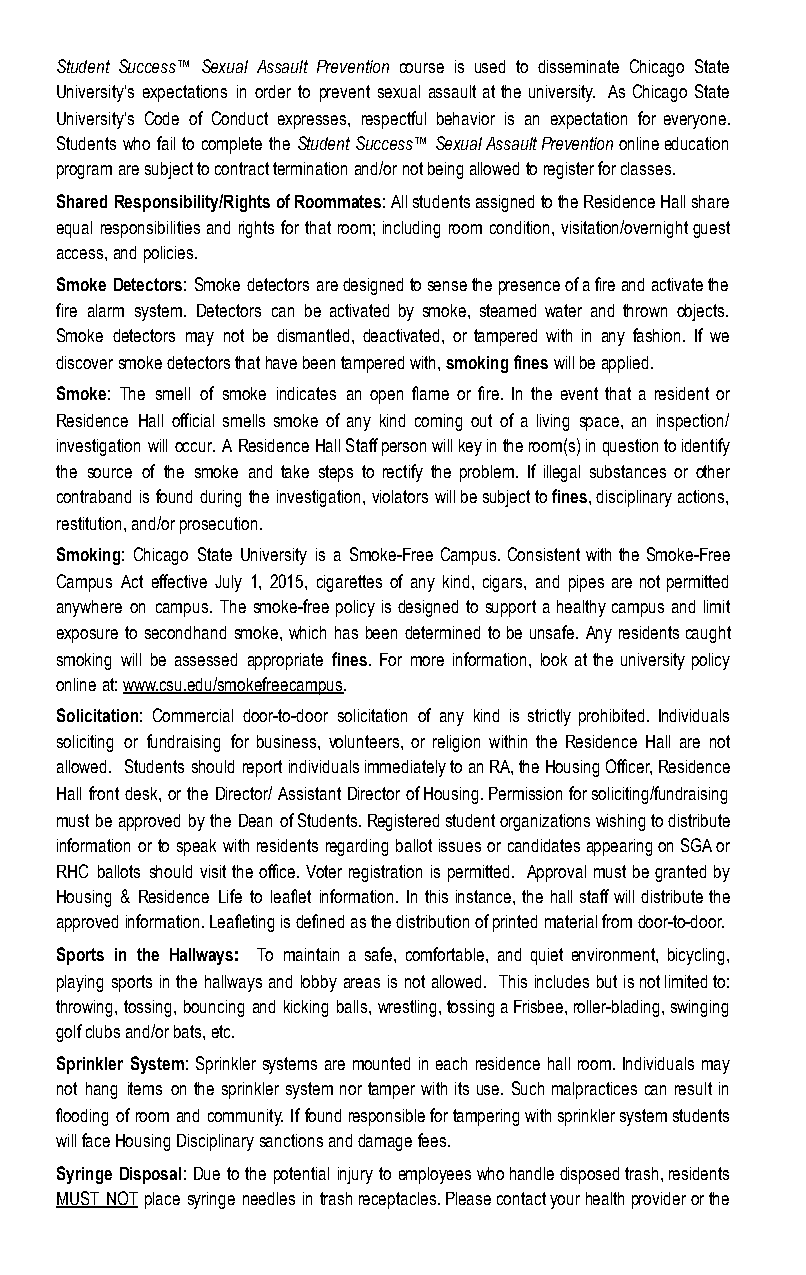
Student Success™ Sexual Assault Prevention course is used to disseminate Chicago State
 University’s expectations in order to prevent sexual assault at the university. As Chicago State
 University’s Code of Conduct expresses, respectful behavior is an expectation for everyone.
 Students who fail to complete the Student Success™ Sexual Assault Prevention online education
 program are subject to contract termination and/or not being allowed to register for classes.
 Shared Responsibility/Rights of Roommates: All students assigned to the Residence Hall share
 equal responsibilities and rights for that room; including room condition, visitation/overnight guest
 access, and policies.
 Smoke Detectors: Smoke detectors are designed to sense the presence of a fire and activate the
 fire alarm system. Detectors can be activated by smoke, steamed water and thrown objects.
 Smoke detectors may not be dismantled, deactivated, or tampered with in any fashion. If we
 discover smoke detectors that have been tampered with, s moking fines will be applied.
 Smoke: The smell of smoke indicates an open flame or fire. In the event that a resident or
 Residence Hall official smells smoke of any kind coming out of a living space, an inspection/
 investigation will occur. A Residence Hall Staff person will key in the room(s) in question to identify
 the source of the smoke and take steps to rectify the problem. If illegal substances or other
 contraband is found during the investigation, violators will be subject to fines , disciplinary actions,
 restitution, and/or prosecution.
 Smoking: Chicago State University is a Smoke-Free Campus. Consistent with the Smoke-Free
 Campus Act effective July 1, 2015, cigarettes of any kind, cigars, and pipes are not permitted
 anywhere on campus. The smoke-free policy is designed to support a healthy campus and limit
 exposure to secondhand smoke, which has been determined to be unsafe. Any residents caught
 smoking will be assessed appropriate fines . For more information, look at the university policy
 online at: w ww.csu.edu/smokefreecampus.
 Solicitation: Commercial door-to-door solicitation of any kind is strictly prohibited. Individuals
 soliciting or fundraising for business, volunteers, or religion within the Residence Hall are not
 allowed. Students should report individuals immediately to an RA, the Housing Officer, Residence
 Hall front desk, or the Director/ Assistant Director of Housing. Permission for soliciting/fundraising
 must be approved by the Dean of Students. Registered student organizations wishing to distribute
 information or to speak with residents regarding ballot issues or candidates appearing on SGA or
 RHC ballots should visit the office. Voter registration is permitted. Approval must be granted by
 Housing & Residence Life to leaflet information. In this instance, the hall staff will distribute the
 approved information. Leafleting is defined as the distribution of printed material from door-to-door.
 Sports in the Hallways: To maintain a safe, comfortable, and quiet environment, bicycling,
 playing sports in the hallways and lobby areas is not allowed. This includes but is not limited to:
 throwing, tossing, bouncing and kicking balls, wrestling, tossing a Frisbee, roller-blading, swinging
 golf clubs and/or bats, etc.
 Sprinkler System: Sprinkler systems are mounted in each residence hall room. Individuals may
 not hang items on the sprinkler system nor tamper with its use. Such malpractices can result in
 flooding of room and community. If found responsible for tampering with sprinkler system students
 will face Housing Disciplinary sanctions and damage fees.
 Syringe Disposal: Due to the potential injury to employees who handle disposed trash, residents
 MUST NOT place syringe needles in trash receptacles. Please contact your health provider or the